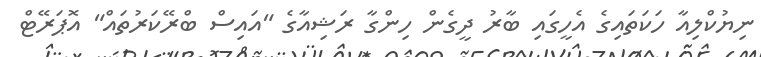
ނިޔުކްލިއާ ހަކަތައިގެ އެހީގައި ބާރު ދީގެން ހިންގާ ރަޝިއާގެ "އައިސް ބްރޭކަރުތައް" އޮޕަރޭޓް